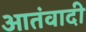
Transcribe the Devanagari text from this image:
आतंवादी